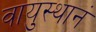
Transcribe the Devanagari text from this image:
वायुस्थानं